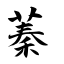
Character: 蓁